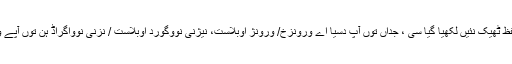
دوجی گل کہ پہلے بنے آرٹیکل مڑ فیر کیوں بنے ، اوہ اس لئی کہ اوہناں دا ناں یاں تلفظ ٹھیک نئیں لکھیا گیا سی ، جداں توں آپ دسیا اے ورونزخ/ ورونژ اوبلاست، نیژنی نووگورد اوبلاست / نزنی نوواگراڈ ہن توں آپے ویکھ لے کہ ورونزخ تے ورونژ ، نیژنی نووگورد تے نیژنی نواگراڈ چ کنا فرق اے؟